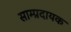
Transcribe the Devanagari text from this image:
साम्प्रदायक